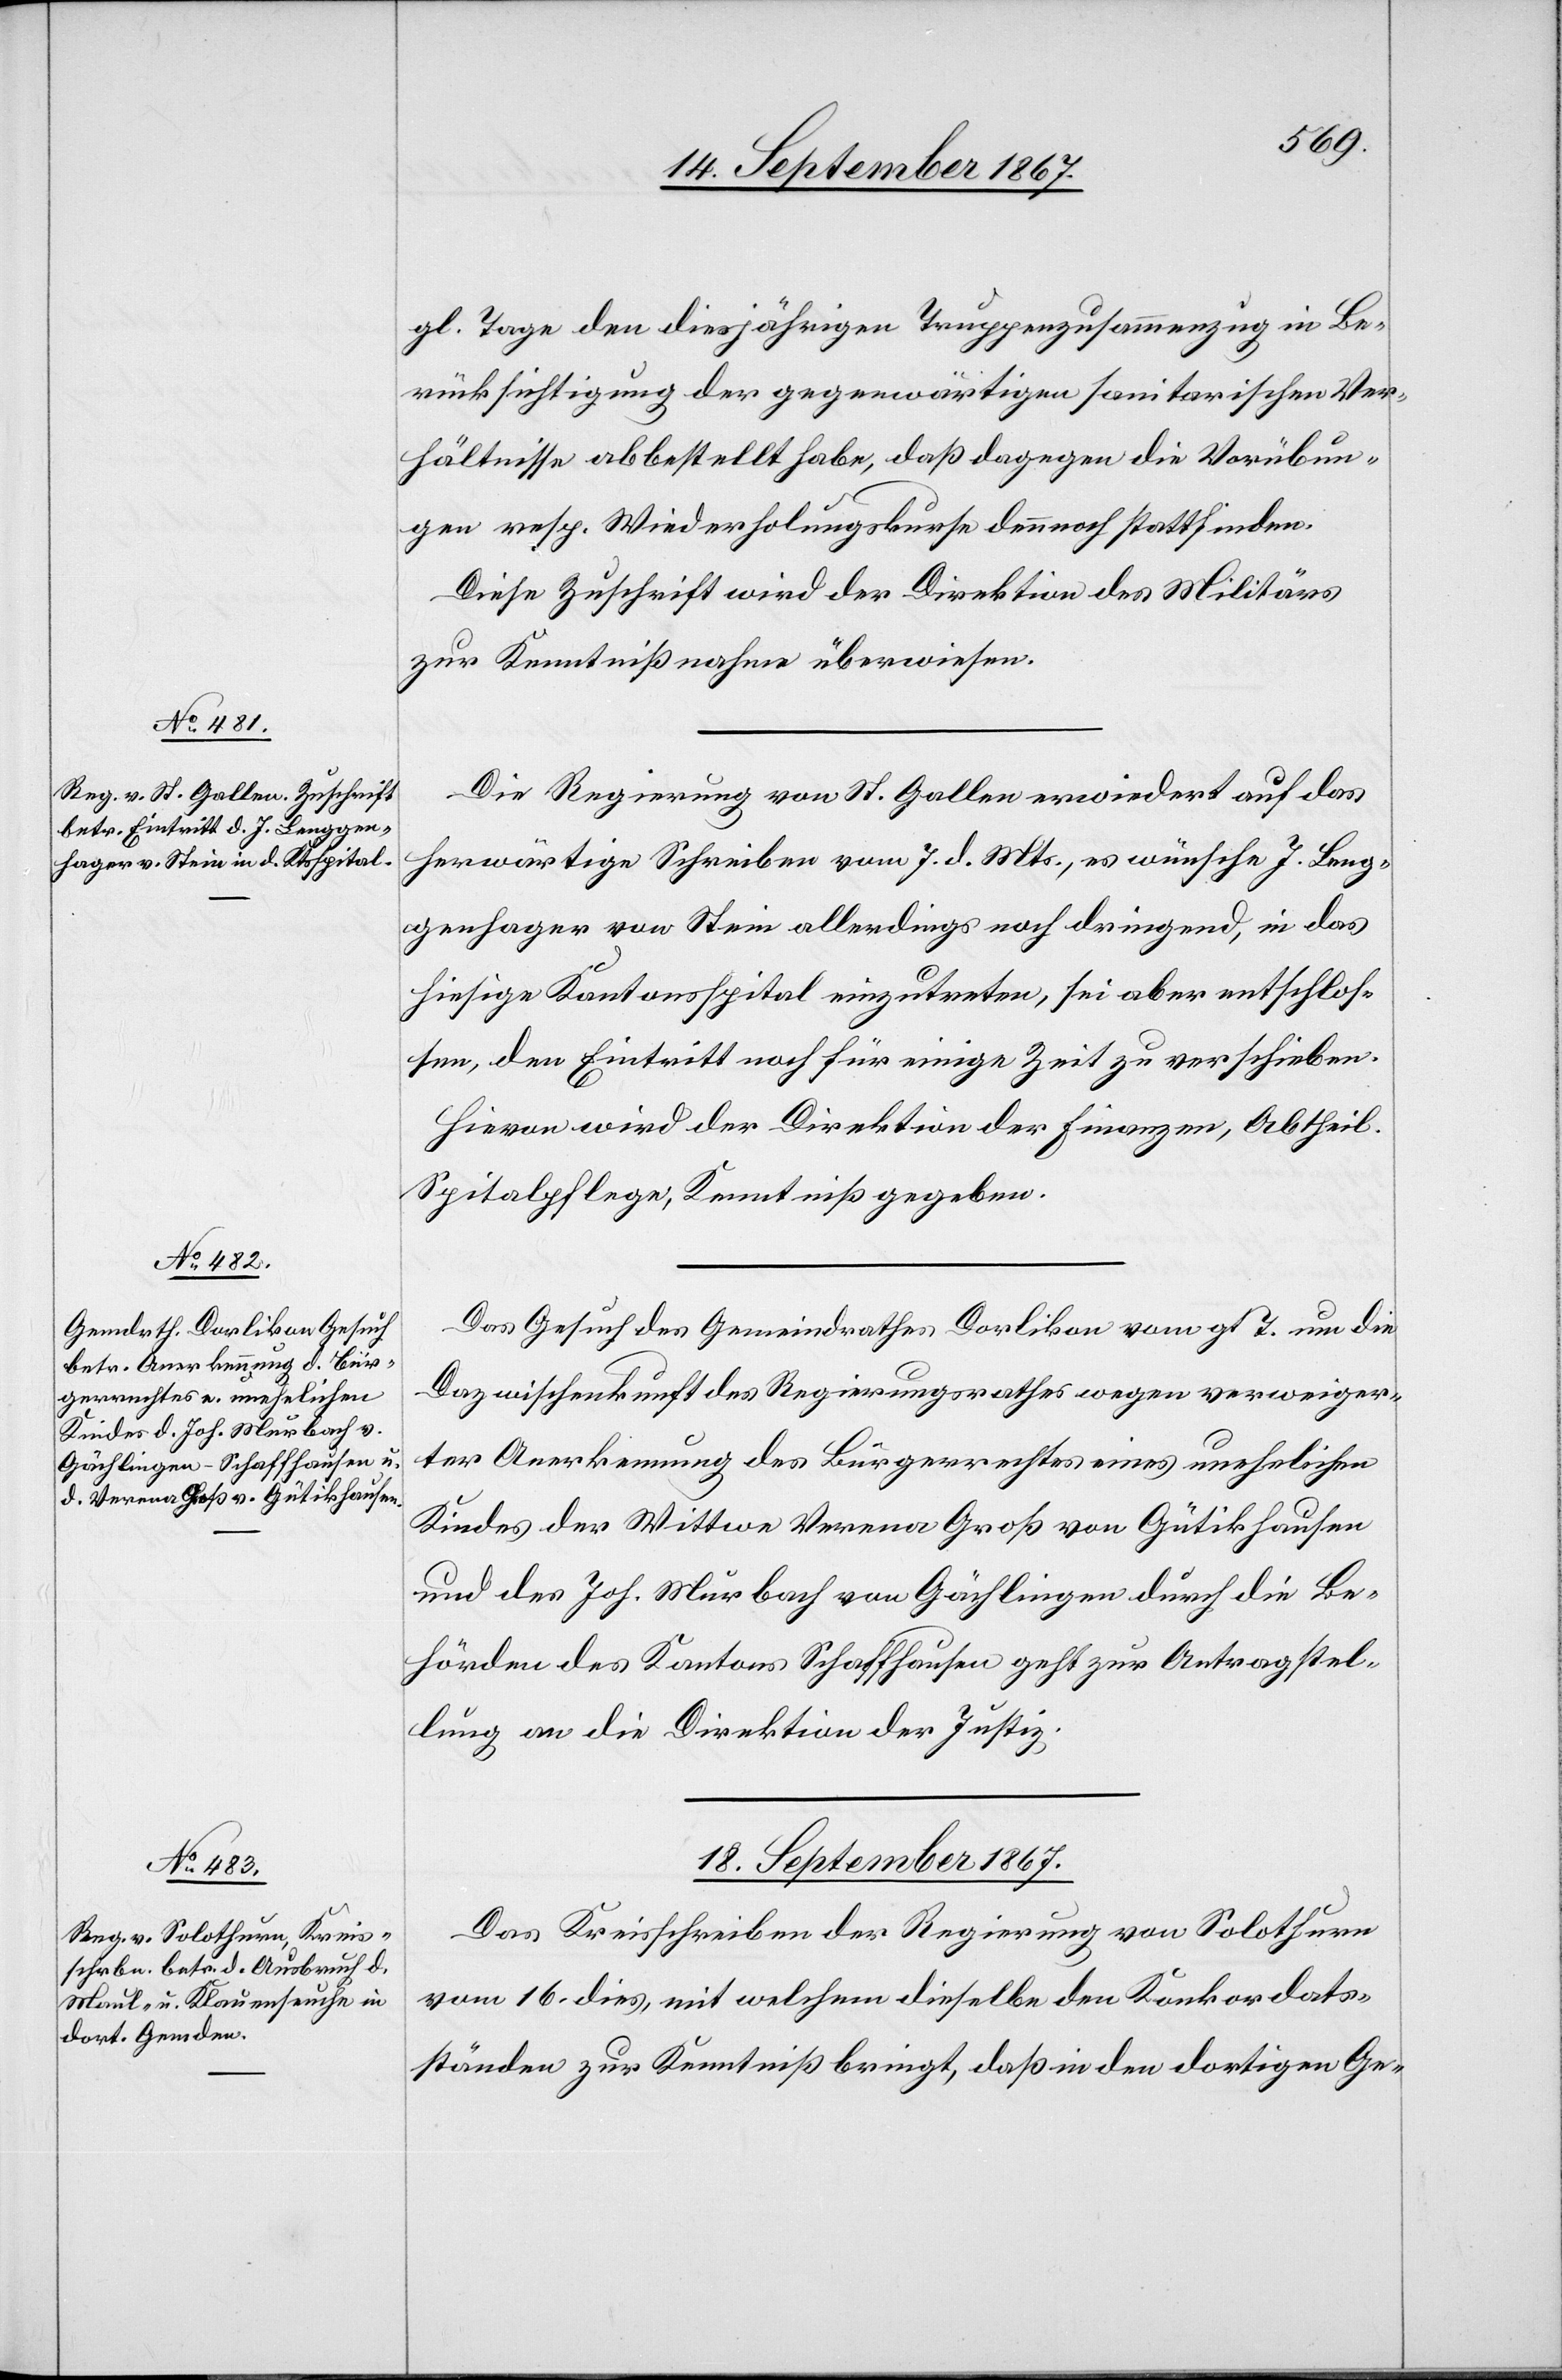
17. September 1867.]
gl. Tage den diesjährigen Truppenzusammenzug in Be¬
rücksichtigung der gegenwärtigen sanitarischen Ver¬
hältnisse abbestellt habe, daß dagegen die Vorübun¬
gen resp. Wiederholungskurse dennoch stattfinden.
Diese Zuschrift wird der Direktion des Militärs
zur Kenntnißnahme überwiesen.
Die Regierung von St. Gallen erwiedert auf das
herwärtige Schreiben vom 7. d. Mts., es wünsche J. Leng¬
genhager von Stein allerdings noch dringend, in das
hiesige Kantonsspital einzutreten, sei aber entschlos¬
sen, den Eintritt noch für einige Zeit zu verschieben.
Hievon wird der Direktion der Finanzen, Abtheil.
Spitalpflege Kenntniß gegeben.
Das Gesuch des Gemeindrathes Dorlikon vom gl. T. um die
Dazwischenkunft des Regierungsrathes wegen verweiger¬
ter Anerkennung des Bürgerrechtes eines unehelichen
Kindes der Wittwe Verena Groß von Gütikhausen
und des Joh. Murbach von Gächlingen durch die Be¬
hörden des Kantons Schaffhausen geht zur Antragstel¬
lung an die Direktion der Justiz.
18. September 1867.
Das Kreisschreiben der Regierung von Solothurn
vom 16. dies, mit welchem dieselbe den Konkordats¬
ständen zur Kenntniß bringt, daß in dem dortigen Ge-